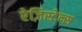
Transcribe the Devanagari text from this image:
रेज़िस्टेन्स